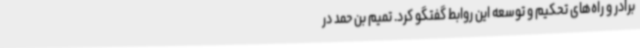
برادر و راه‌های تحکیم و توسعه این روابط گفتگو کرد. تمیم بن حمد در